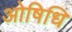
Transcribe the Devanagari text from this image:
ओषिधि